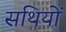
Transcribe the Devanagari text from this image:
सथियों